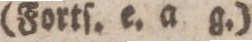
(Fortſ. e. a g.)